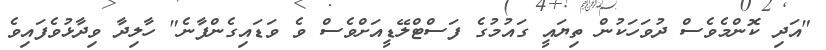
"އަދި ކޮންމެވެސް ދުވަހަކުން ތިޔައީ ގައުމުގެ ފަސްޓްލޭޑީއަށްވެސް ވެ ވަޑައިގެންފާނެ" ހާލިދާ ވިދާޅުވެފައިވެ